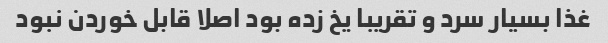
غذا بسیار سرد و تقریبا یخ زده بود اصلا قابل خوردن نبود